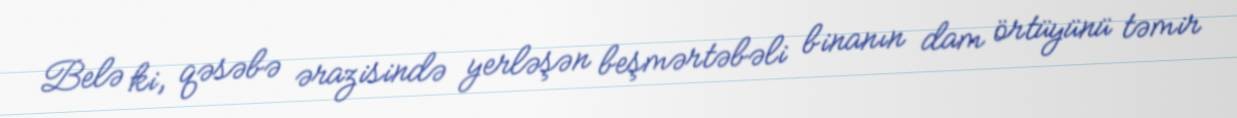
Belə ki, qəsəbə ərazisində yerləşən beşmərtəbəli binanın dam örtüyünü təmir